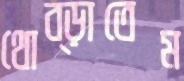
থোব্‌ড়াতেম